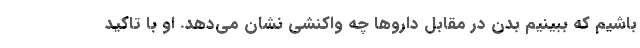
باشیم که ببینیم بدن در مقابل داروها چه واکنشی نشان می‌دهد. او با تاکید